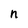
Character: n